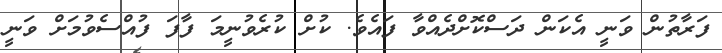
ފަރާތުން ވަނީ އެކަން ދަސްކޮށްދެއްވާ ފައެވެ. ކުށް ކުރެވުނީމަ ފާފަ ފުއްސެވުމަށް ވަނީ